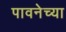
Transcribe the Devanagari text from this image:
पावनेच्या